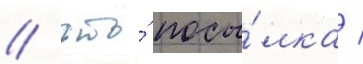
/ что́ посы́лка /